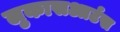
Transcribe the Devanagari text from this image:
लुकासआर्टस